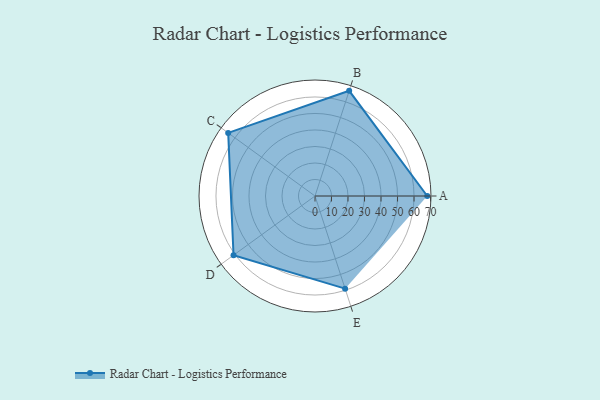
{"axis": {"x": "Skill", "y": "Score"}, "legend": ["Profile"], "data": [{"x": "A", "y": 68.0, "type": "Profile"}, {"x": "B", "y": 67.0, "type": "Profile"}, {"x": "C", "y": 65.0, "type": "Profile"}, {"x": "D", "y": 61.0, "type": "Profile"}, {"x": "E", "y": 59.0, "type": "Profile"}]}